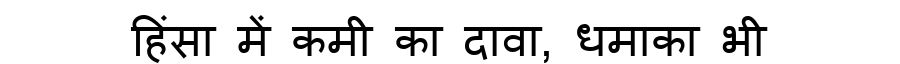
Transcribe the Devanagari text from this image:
हिंसा में कमी का दावा, धमाका भी